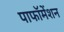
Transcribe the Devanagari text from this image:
पाफॉमेंशन